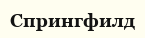
Спрингфилд